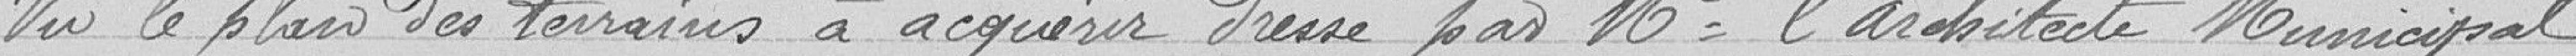
Vu le plan des terrains à acquérir dressé par Monsieur l'architecte Municipal.